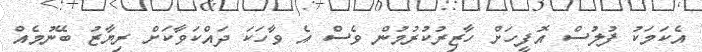
އެކަމަކު ފުލުސް އޮފީހަށް ހާޒިރުކުރުމުން ވެސް އެ ވާހަކަ ދައްކަވާކަށް ރިޔާޒު ބޭނުމެއް